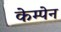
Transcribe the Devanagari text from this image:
केम्पेन